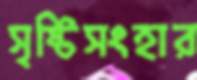
সৃষ্টিসংহার